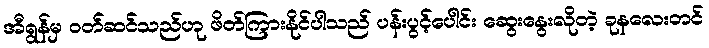
အီရွန်မှ ဝတ်ဆင်သည်ဟု ဖိတ်ကြားနိုင်ပါသည် ပန်းပွင့်ပေါင်း ဆွေးနွေးလိုတဲ့ ခုနလေးတင်